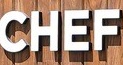
CHEF